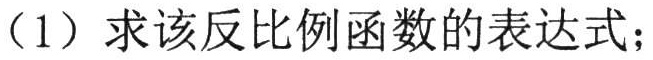
（1）求该反比例函数的表达式；